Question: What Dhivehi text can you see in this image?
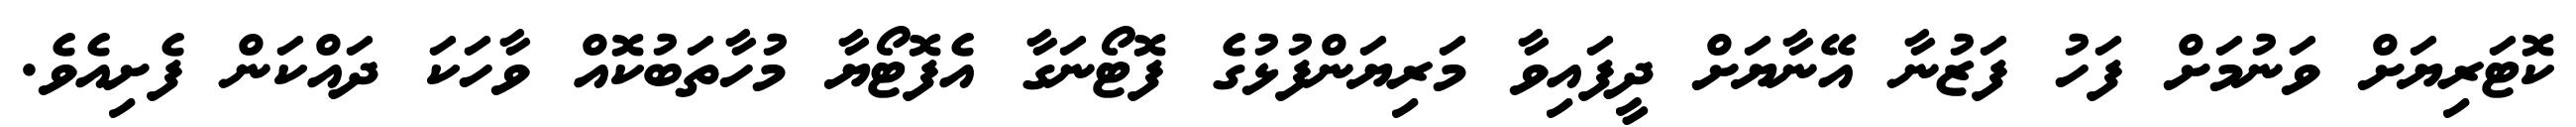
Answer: ކޮޓަރިޔަށް ވަނުމަށް ފަހު ފަޒުނާ އޭނާޔަށް ދީފައިވާ މަރިޔަންފުޅުގެ ފޮޓޯނަގާ އެފޮޓޯޔާ މުހާތަބުކޮއް ވާހަކަ ދައްކަން ފެށިއެވެ.